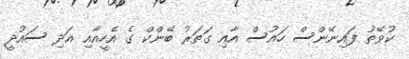
ކުވޭތު ފައިނޭންސް ހައުސް އާއި ގަތަރު ބޭންކް ގެ އެހީއާއި އަދި ސައުދީ